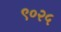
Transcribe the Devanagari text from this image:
९०२५